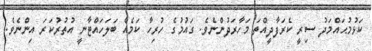
ކަޅުމުޙައްމަދު ސިރީ ކެރަފާދީއްތަ މަހާރަދުންނެވެ. ގައުމުގެ ހުރިހާ ކަމެއް ބަލަހައްޓާނީ އުތުރުކަރަ އިންނެވެ.